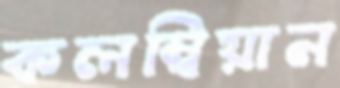
কলম্বিয়ান